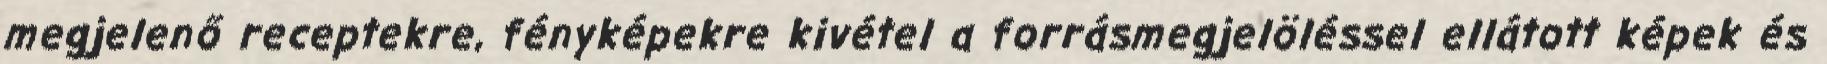
megjelenő receptekre, fényképekre kivétel a forrásmegjelöléssel ellátott képek és